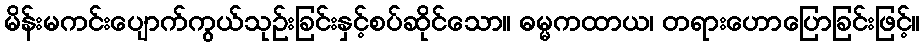
မိန်းမကင်းပျောက်ကွယ်သုဉ်းခြင်းနှင့်စပ်ဆိုင်သော။ ဓမ္မကထာယ၊ တရားဟောပြောခြင်းဖြင့်။